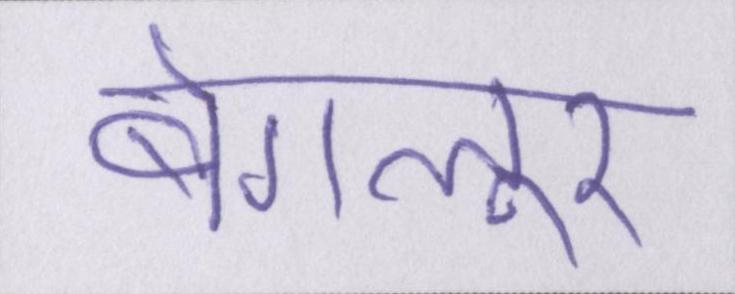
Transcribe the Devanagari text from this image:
बेंगलूर